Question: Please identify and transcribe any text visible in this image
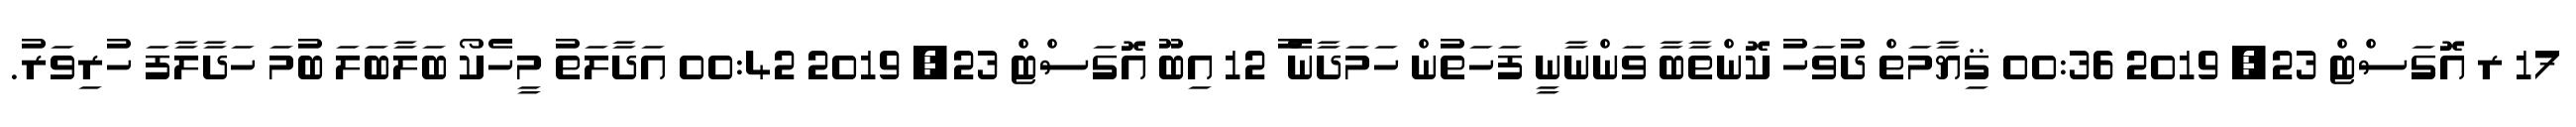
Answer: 17 ރ އޮގަސްޓް 23, 2019 00:36 ޤިޔާމަތް ދުވަހު ކޮންތާބާ ވަންނާނީ ފަހަތުން ހަމަދާނެ ު 12 އިބޫ އޮގަސްޓް 23, 2019 00:42 އަދާލަތު މީހެކޯ ބަލާބަލަ ބުމަ ހަދާލާފަ ހުރިވަރު.